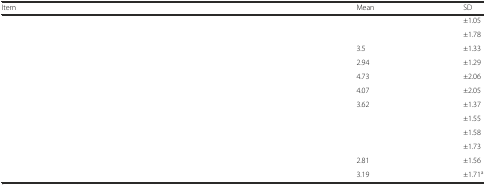
<table><thead><tr><td><b>Item</b></td><td><b>Mean</b></td><td><b>SD</b></td></tr></thead><tbody><tr><td>[EMPTY_CELL]</td><td>[EMPTY_CELL]</td><td>±1.05</td></tr><tr><td>[EMPTY_CELL]</td><td>[EMPTY_CELL]</td><td>±1.78</td></tr><tr><td>[EMPTY_CELL]</td><td>3.5</td><td>±1.33</td></tr><tr><td>[EMPTY_CELL]</td><td>2.94</td><td>±1.29</td></tr><tr><td>[EMPTY_CELL]</td><td>4.73</td><td>±2.06</td></tr><tr><td>[EMPTY_CELL]</td><td>4.07</td><td>±2.05</td></tr><tr><td>[EMPTY_CELL]</td><td>3.62</td><td>±1.37</td></tr><tr><td>[EMPTY_CELL]</td><td>[EMPTY_CELL]</td><td>±1.55</td></tr><tr><td>[EMPTY_CELL]</td><td>[EMPTY_CELL]</td><td>±1.58</td></tr><tr><td>[EMPTY_CELL]</td><td>[EMPTY_CELL]</td><td>±1.73</td></tr><tr><td>[EMPTY_CELL]</td><td>2.81</td><td>±1.56</td></tr><tr><td>[EMPTY_CELL]</td><td>3.19</td><td>±1.71<sup>a</sup></td></tr></tbody></table>